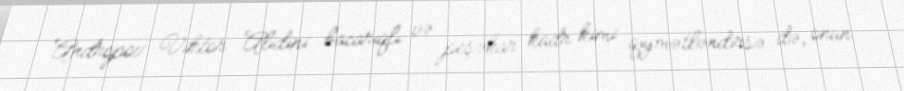
Andropov Viktor Alidini bacarıqlı və peşəkar kadr kimi qiymətləndirsə də, onun